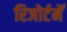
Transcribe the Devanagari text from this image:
रिजोर्टमेँ